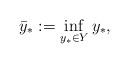
LaTeX: \begin{align*}\bar y_\ast &: = \inf_{y_\ast\in Y} y_\ast, \end{align*}